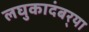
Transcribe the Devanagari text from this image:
लघुकादंबर्‍या